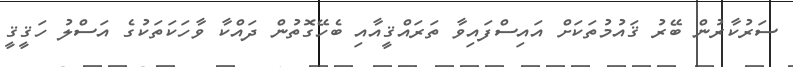
ސަރުކާރުން ބޭރު ޤައުމުތަކަށް އައިސްފައިވާ ތަރައްޤީއާއި ބެހޭގޮތުން ދައްކާ ވާހަކަތަކުގެ އަސްލު ހަޤީޤީ